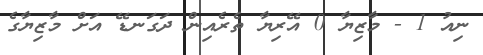
ނިއު 1 - މާޒިޔާ 0 އޭރިޔާ ތެރެއިން ދަގަނޑޭ އަށް މާޒިޔާގެ